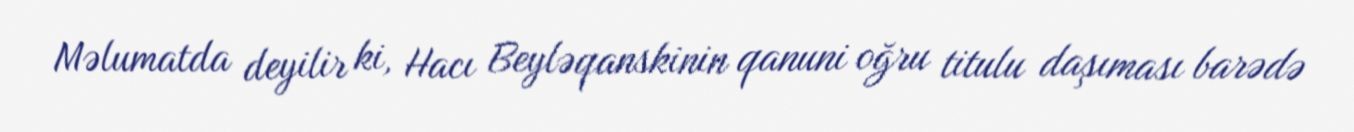
Məlumatda deyilir ki, Hacı Beyləqanskinin qanuni oğru titulu daşıması barədə